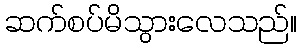
ဆက်စပ်မိသွားလေသည်။